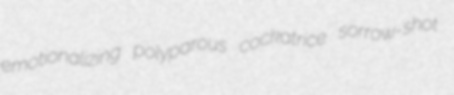
emotionalizing polyparous cockatrice sorrow-shot